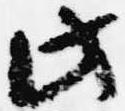
此